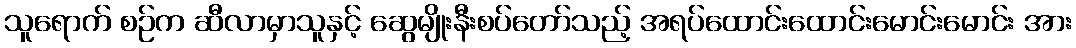
သူရောက် စဉ်က ဆီလာမှာသူနှင့် ဆွေမျိုးနီးစပ်တော်သည့် အရပ်ထောင်းထောင်းမောင်းမောင်း အား